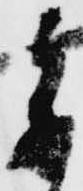
参